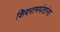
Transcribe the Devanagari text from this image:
शिवरामपंतांना